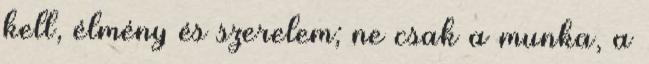
kell, élmény és szerelem; ne csak a munka, a